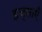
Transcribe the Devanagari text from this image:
इच्‍छाएँ